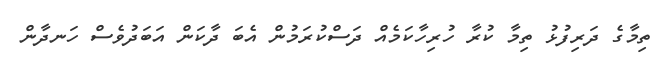
ތިމާގެ ދަރިފުޅު ތިމާ ކުރާ ހުރިހާކަމެއް ދަސްކުރަމުން އެބަ ދާކަން އަބަދުވެސް ހަނދާން